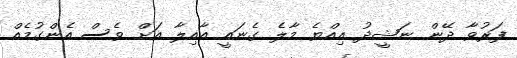
ފަރުވާ ދޭން ނަޝީދު އިއްޔެ މާލެ ގެނައީ އާއިލާ އަށް ވެސް އެންގުމެއް